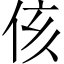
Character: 侅